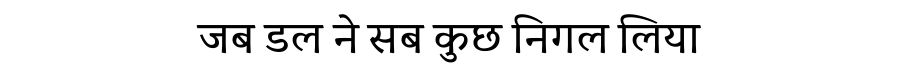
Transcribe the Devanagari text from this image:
जब डल ने सब कुछ निगल लिया